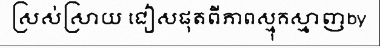
ស្រស់ស្រាយ ជៀសផុតពីភាពស្មុគស្មាញby